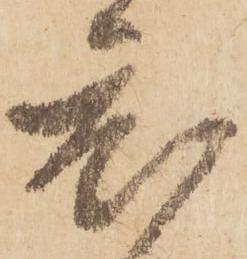
置